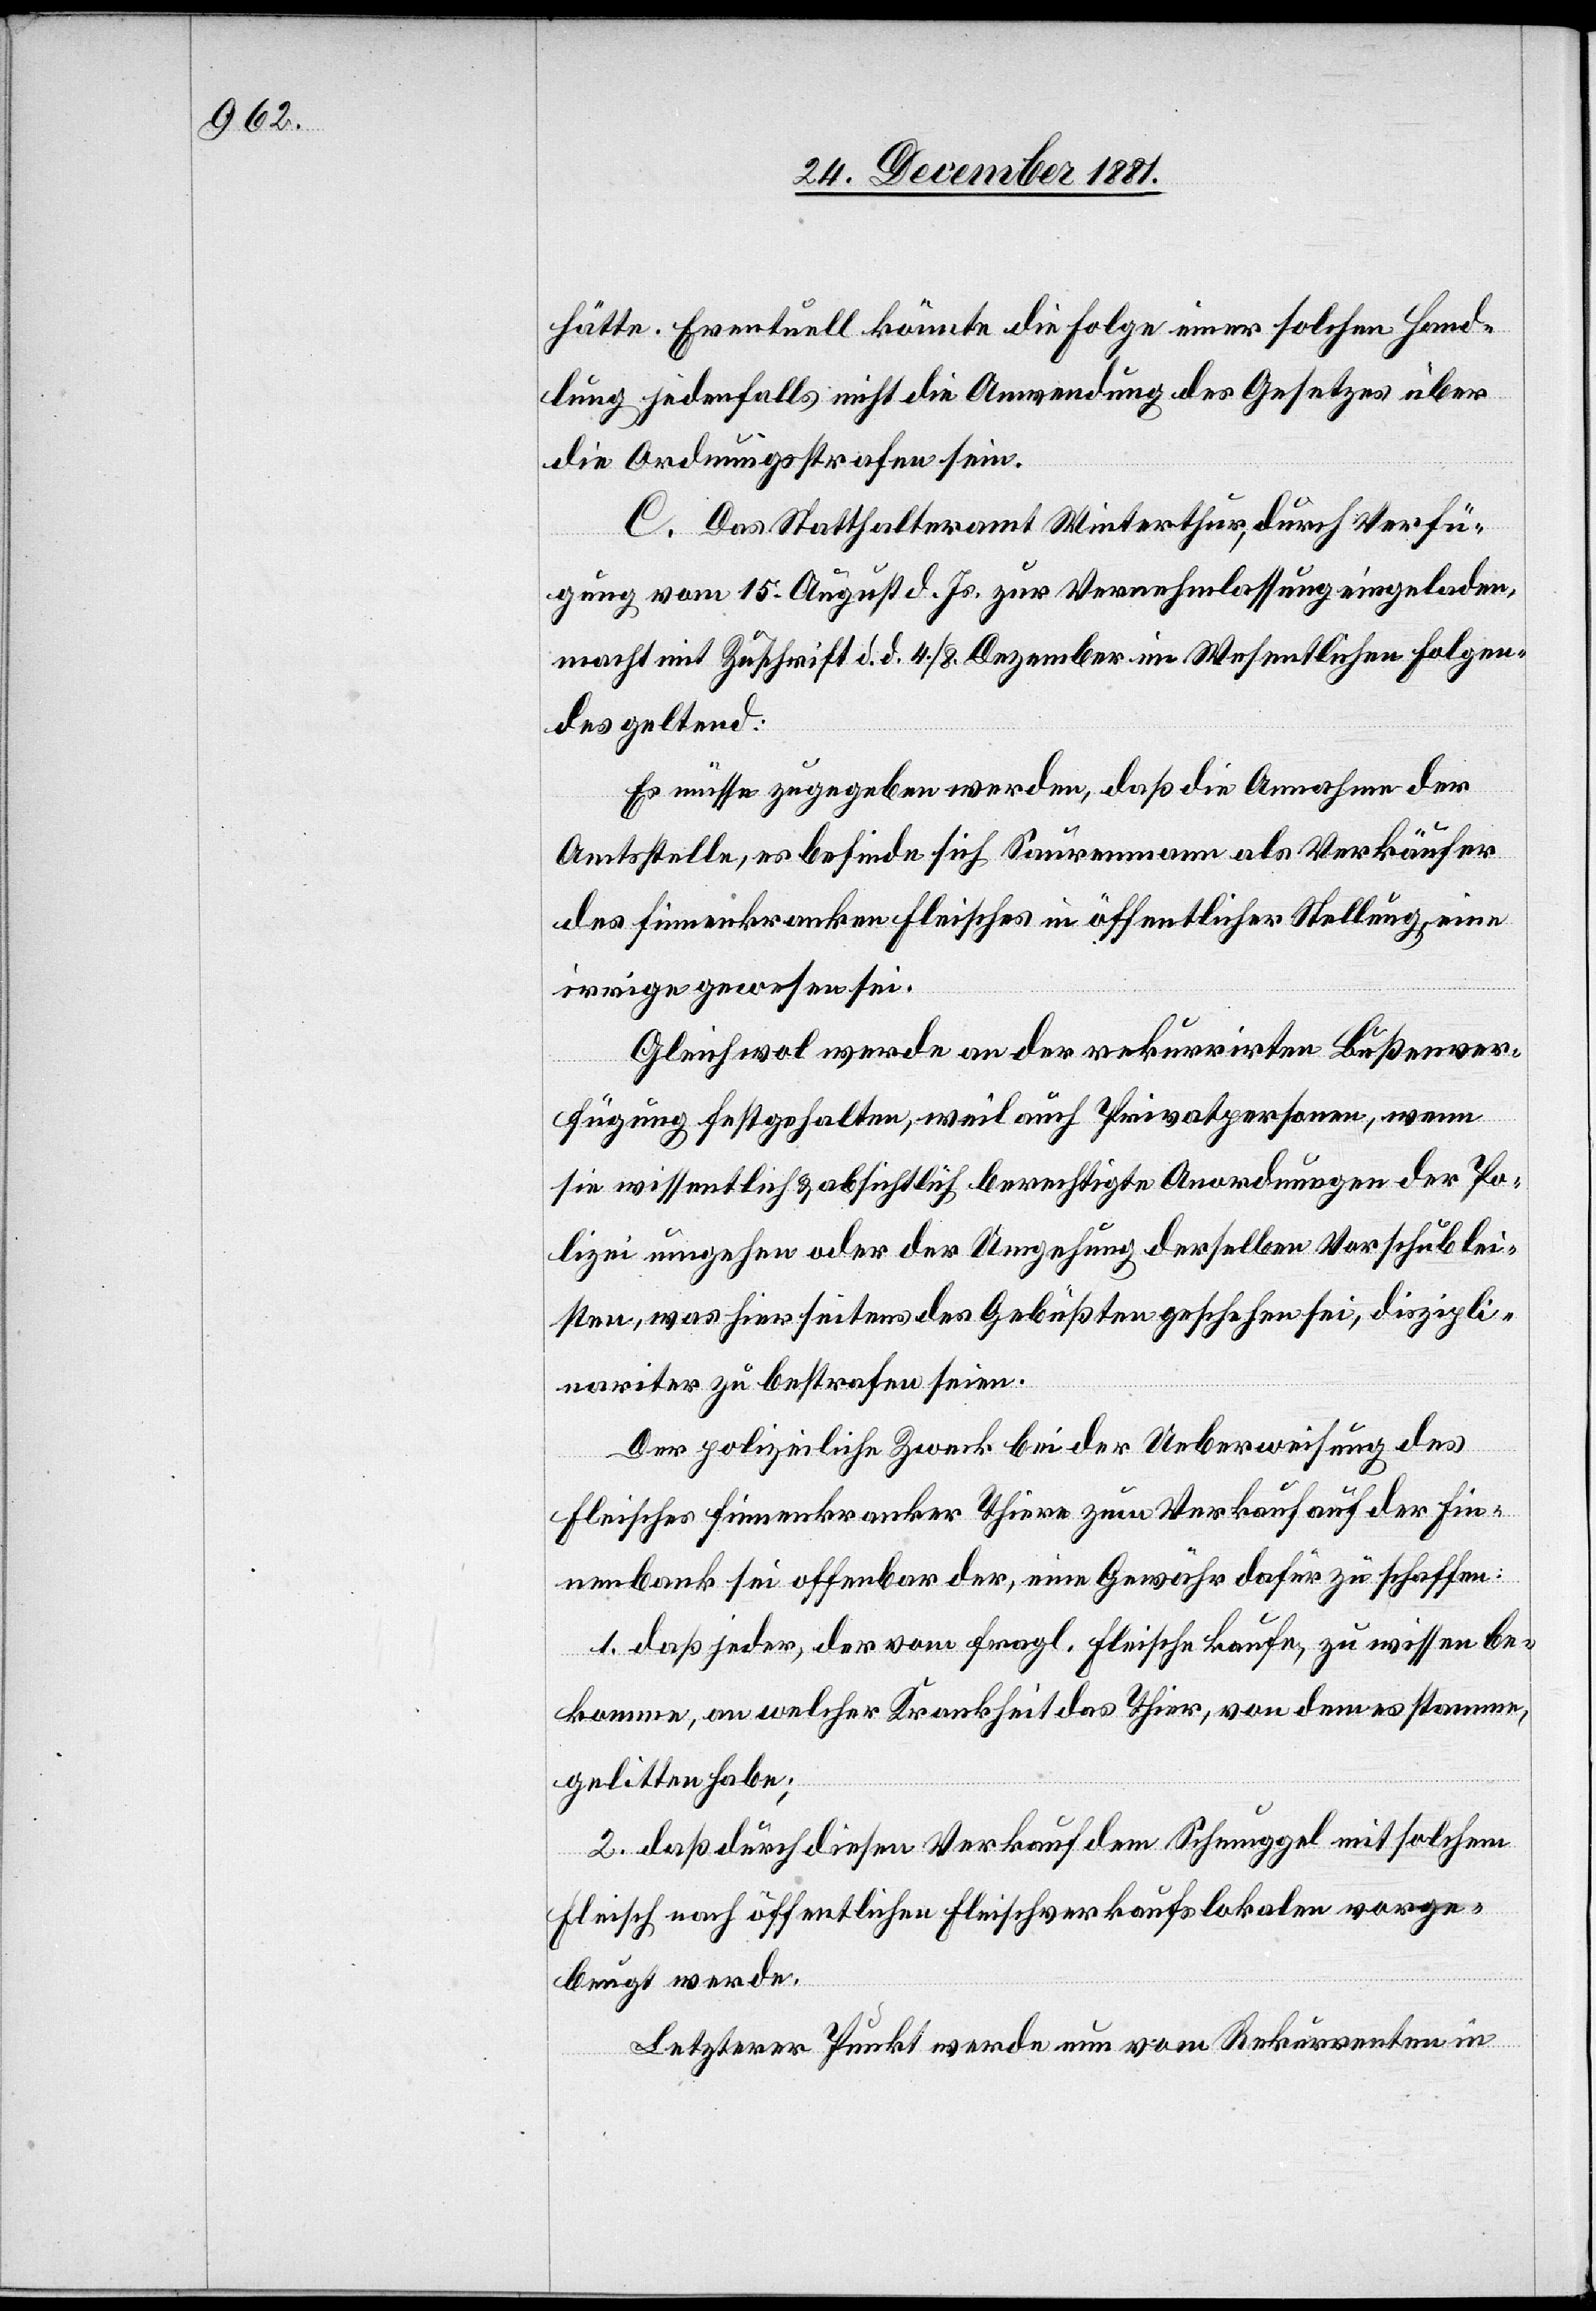
hätte. Eventuell könnte die Folge einer solchen Hand¬
lung jedenfalls nicht die Anwendung des Gesetzes über
die Ordnungsstrafen sein.
C. Das Statthalteramt Winterthur, durch Verfü¬
gung vom 15. August d. Js. zur Vernehmlassung eingeladen,
macht mit Zuschrift d. d. 4./8. Dezember im Wesentlichen Folgen¬
des geltend:
Es müsse zugegeben werden, daß die Annahme der
Amtsstelle, es befinde sich Saurenmann als Verkäufer
des finnenkranken Fleisches in öffentlicher Stellung, eine
irrige gewesen sei.
Gleichwol werde an der rekurrirten Bußenver¬
fügung festgehalten, weil auch Privatpersonen, wenn
sie wissentlich & absichtlich berechtigte Anordnungen der Po¬
lizei umgehen oder der Umgehung derselben Vorschub lei¬
sten, was hier seitens des Gebüßten geschehen sei, diszipli¬
nariter zu bestrafen seien.
Der polizeiliche Zweck bei der Ueberweisung des
Fleisches finnenkranker Thiere zum Verkauf auf der Fin¬
nenbank sei offenbar der, eine Gewähr dafür zu schaffen:
1. Daß jeder, der vom fragl. Fleische kaufe, zu wissen be¬
komme, an welcher Krankheit das Thier, von dem es stamme,
gelitten habe;
2. Daß durch diesen Verkauf dem Schmuggel mit solchem
Fleisch nach öffentlichen Fleischverkaufslokalen vorge¬
beugt werde.
Letzterer Punkt werde nun vom Rekurrenten in